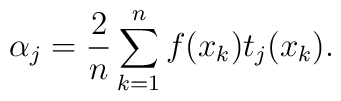
\alpha _{j}=\frac{2}{n}\sum ^{n}_{k=1}f(x_{k})t_{j}(x_{k}).